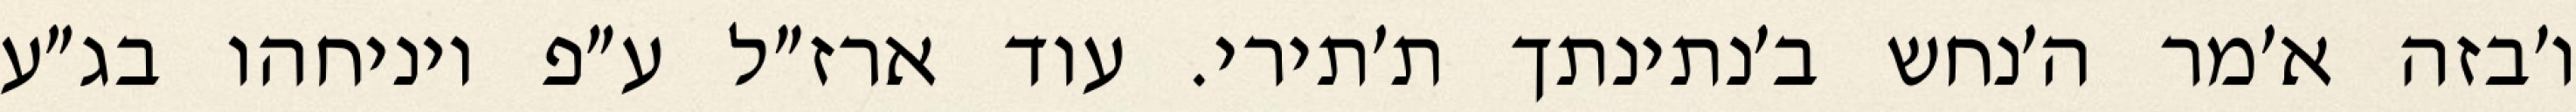
ו׳בזה א׳מר ה׳נחש ב׳נתינתך ת׳תירי. עוד ארז״ל ע״פ ויניחהו בג״ע